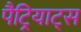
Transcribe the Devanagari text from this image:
पैट्रियाट्स